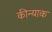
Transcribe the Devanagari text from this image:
कीन्याक